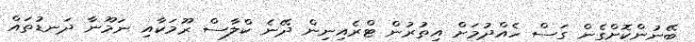
ބޭނުންކޮށްގެން ގަސް ހެއްދުމަށް އިތުރުން ޓްރެއިނިން ދޭނެ ކްލާސް ރޫމަކާއި ނަމޫނާ ދަނޑުތައް